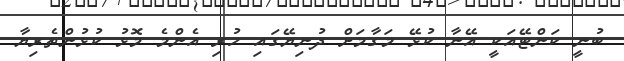
ބުނީ ކަންޓޭއަކީ އޭނާ ކުޅޭ މަގާމަށް ދުނިޔޭގައި ހުރި އެންމެ މޮޅު ކުޅުންތެރިޔާ